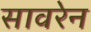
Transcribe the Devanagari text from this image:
सावरेन